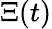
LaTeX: \Xi(t)